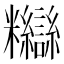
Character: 𥽸